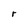
Character: r